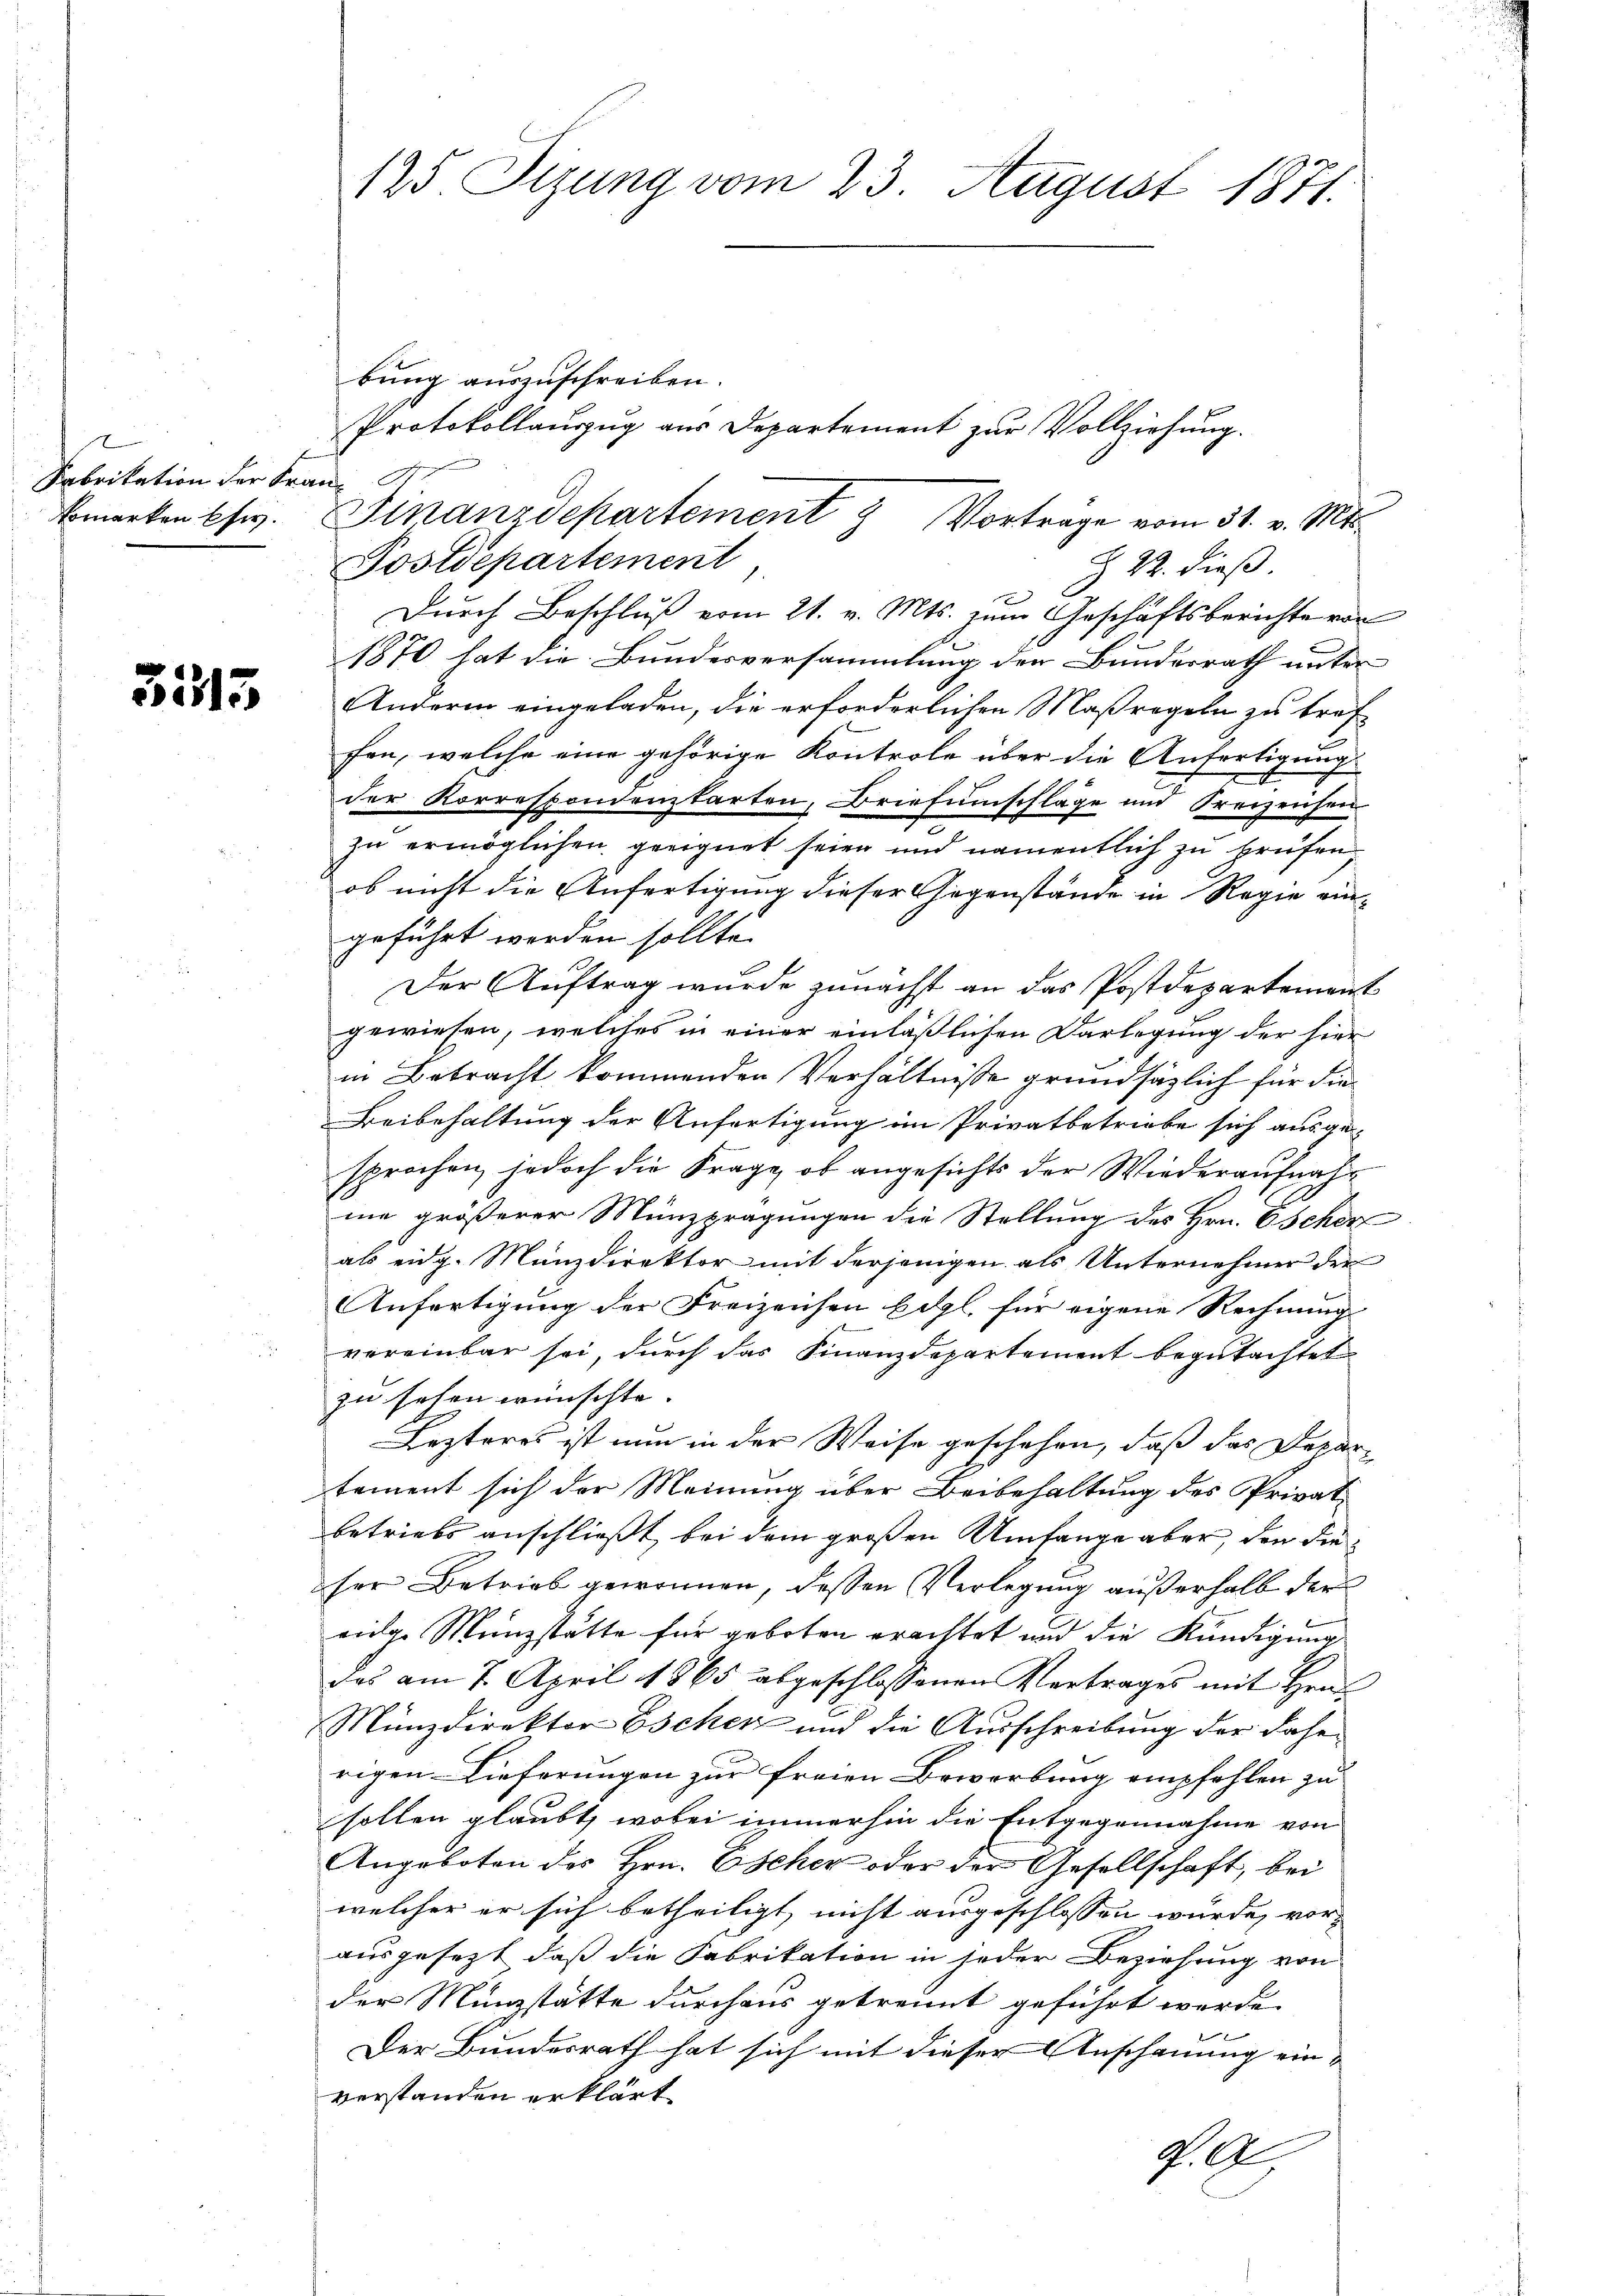
Fabrikation der Frau St.

3515

125 Sizung vom 23. August 1871.

bung auszuschreiben.
Protokollauszug aus Departement zur Vollziehung.
bmarken usw. Finanzdepartement 7 Vortrage vom 31. v. Mts.
Postdepartement,
Z 22. dieß.
Durch Beschluß vom 21. v. Mts. zum Geschäftsberichte von
1870 hat die Bundesversammlung der Bundesrath unter
Andern eingeladen, die erforderlichen Maßregeln zu tref
ffen, welche eine gehörige Kontrole über die Anfertigung
der Korrespondenzkarten, Briefumschläge und Freizeichen
zu ermöglichen geeignet seien und namentlich zu prüfen,
ob nicht die Anfertigung dieser Gegenstände in Regie eingeführt werden sollte.
Der Auftrag wurde zunächst an das Postdepartement
gewiesen, welches in einer einläßlichen Darlegung der hier
in Betracht kommenden Verhältnisse grundsätzlich für die¬
Beibehaltung der Anfertigung im Privatbetriebe sich ausge-
sprochen, jedoch die Frage, ob angesichts der Wiederaufnahme größerer Münzprägungen die Stellung des Hrn. Escher
als eidg. Manzdirektor mit derjenigen als Unternehmer der
Anfertigung der Freizeichen Edgl. für eigene Rechnung
vereinbar sei, durch das Finanzdepartement begutachtet
zu sehen wünschte.
Lezteres ist nun in der Weise geschehen, daß das Departement sich der Meinung über Beibehaltung des Privat-
betriebs anschließt bei dem großen Umfange aber, den die
ser Betrieb gewonnen, dessen Verlegung außerhalb der
vidge Münzstätte für geboten erachtet und die Kündigung
das am 7. April 1865 abgeschlossenen Vertrages mit Hrn.
Münzdirektor Eschen und die Ausschreibung der dahe
rigen Lieferungen zur freien Bewerbung empfehlen zu
sollen glaubt, wobei immerhin die Entgegennahme von
Angeboten des Hrn. Escher oder der Gesellschaft, bei
welcher er sich betheiligt nicht ausgeschlossen würde, vorausgesezt, daß die Fabrikation in jeder Beziehung von
der Münzstätte durchaus getrennt geführt werde.
Der Bundesrath hat sich mit dieser Anschauung einverstanden erklärt
K. A.